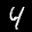
Label: 4